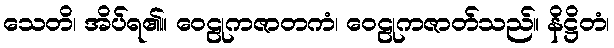
သေတိ၊ အိပ်ရ၏။ ဝေဠုကဇာတကံ၊ ဝေဠုကဇာတ်သည်။ နိဋ္ဌိတံ၊